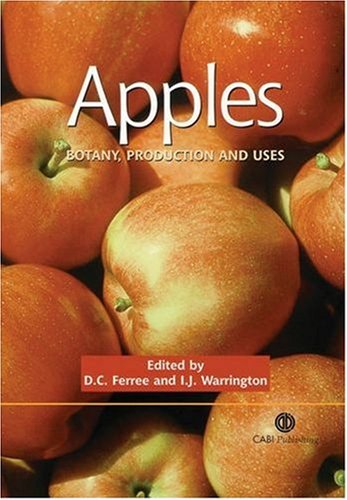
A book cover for Apples: Botany, Production and Uses; D C Ferree; Science & Math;